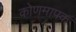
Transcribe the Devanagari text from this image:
कोणमापक